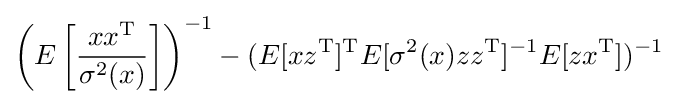
\left(E\left[{\frac {xx^{\mathrm {T} }}{\sigma ^{2}(x)}}\right]\right)^{-1}-(E[xz^{\mathrm {T} }]^{\mathrm {T} }E[\sigma ^{2}(x)zz^{\mathrm {T} }]^{-1}E[zx^{\mathrm {T} }])^{-1}